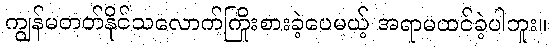
ကျွန်မတတ်နိုင်သလောက်ကြိုးစားခဲ့ပေမယ့် အရာမထင်ခဲ့ပါဘူး။